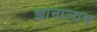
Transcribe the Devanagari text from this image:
ज्ञानालाच